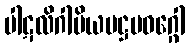
ပါဋလိဂါမိယမဋ္ဌမဝဂ္ဂေါ